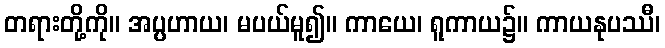
တရားတို့ကို။ အပ္ပဟာယ၊ မပယ်မူ၍။ ကာယေ၊ ရူကာယ၌။ ကာယနုပဿီ၊